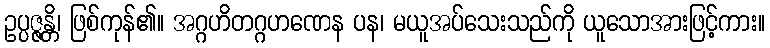
ဥပ္ပဇ္ဇန္တိ၊ ဖြစ်ကုန်၏။ အဂ္ဂဟိတဂ္ဂဟဏေန ပန၊ မယူအပ်သေးသည်ကို ယူသောအားဖြင့်ကား။